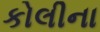
કોલીના